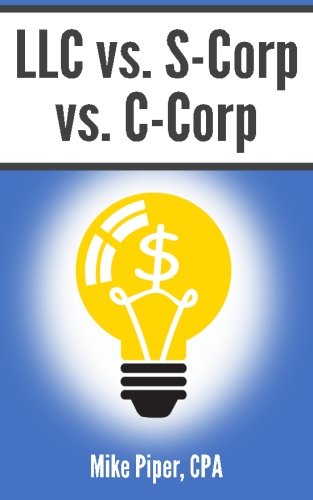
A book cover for LLC vs. S-Corp vs. C-Corp: Explained in 100 Pages or Less; Mike Piper; Business & Money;